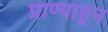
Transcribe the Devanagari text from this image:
प्राण्याहून